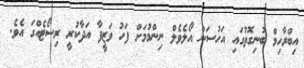
އިބްރާހިމް ބުނިގޮތުގައި އަހުސަން އޯލެވެލް ނިންމުމަށް ފަހު ވަޒީފާ އަދާކުރީ ރިސޯޓެއްގަ އެވެ.